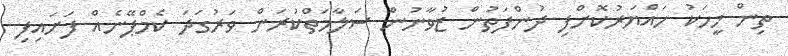
ތިން މީހަކު ހައްޔަރުކޮށްފި ދުންފަތުން ޒުވާނުން ސަލާމަތްކުރަން ވަރުގަދަ ކެމްޕޭނެއް ފަށައިފި